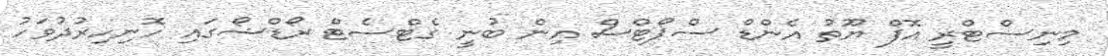
މިނިސްޓްރީ އޮފް ޔޫތު އެންޑް ސްޕޯޓްސް އިން ބުނީ ގެޓްސެޓް ރޯޑްޝޯގައި ހޮނިހިރުދުވަހު